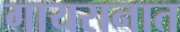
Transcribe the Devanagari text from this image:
गायरानात